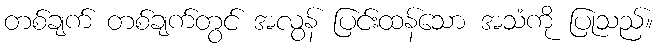
တစ်ချက် တစ်ချက်တွင် အလွန် ပြင်းထန်သော အသံကို ပြုသည်။